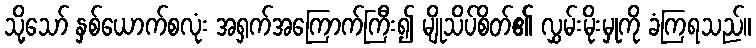
သို့သော် နှစ်ယောက်စလုံး အရှက်အကြောက်ကြီး၍ မျိုသိပ်စိတ်၏ လွှမ်းမိုးမှုကို ခံကြရသည်။